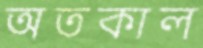
অতকাল